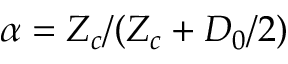
\alpha = Z _ { c } / ( Z _ { c } + D _ { 0 } / 2 )